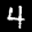
Label: 4